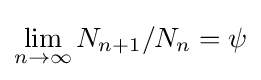
\lim _{n\rightarrow \infty }N_{n+1}/N_{n}=\psi